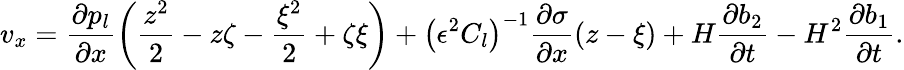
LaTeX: v_{x}=\frac{\partial p_{l}}{\partial x}\bigg(\frac{z^{2}}{2}-z\zeta-\frac{\xi^{2}}{2}+\zeta\xi\bigg)+\left(\epsilon^{2}C_{l}\right)^{-1}\frac{\partial\sigma}{\partial x}(z-\xi)+H\frac{\partial b_{2}}{\partial t}-H^{2}\frac{\partial b_{1}}{\partial t}.